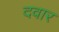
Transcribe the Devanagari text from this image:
दवार